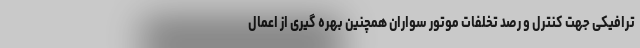
ترافیکی جهت کنترل و رصد تخلفات موتور سواران همچنین بهره گیری از اعمال